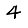
Digit: 4